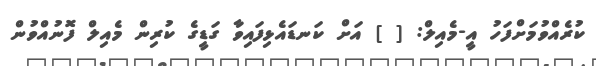
ކުރެއްވުމަށްފަހު އީ-މެއިލް: [ ] އަށް ކަނޑައެޅިފައިވާ ގަޑީގެ ކުރިން މެއިލް ފޮނުއްވުން